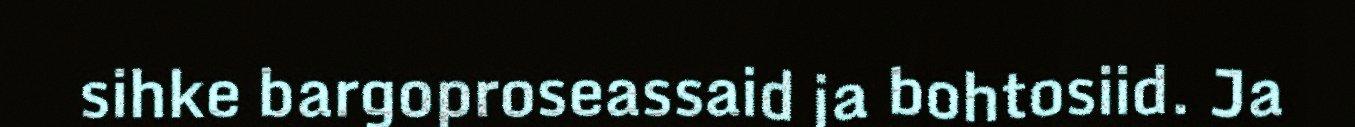
sihke bargoproseassaid ja bohtosiid. Ja